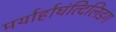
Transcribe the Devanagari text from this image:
मर्यार्हाघंत्दिलिडग